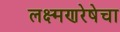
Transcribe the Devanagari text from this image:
लक्ष्मणरेषेचा